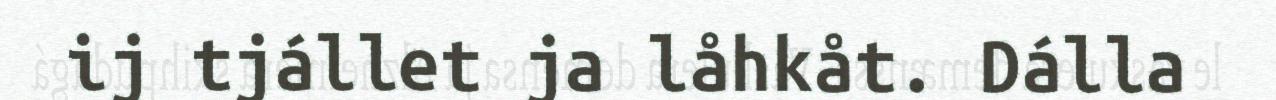
ij tjállet ja låhkåt. Dálla